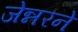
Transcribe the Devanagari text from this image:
जेन्नरने